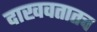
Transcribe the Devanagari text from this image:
दाखवतातच